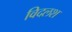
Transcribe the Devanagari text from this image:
विदलश